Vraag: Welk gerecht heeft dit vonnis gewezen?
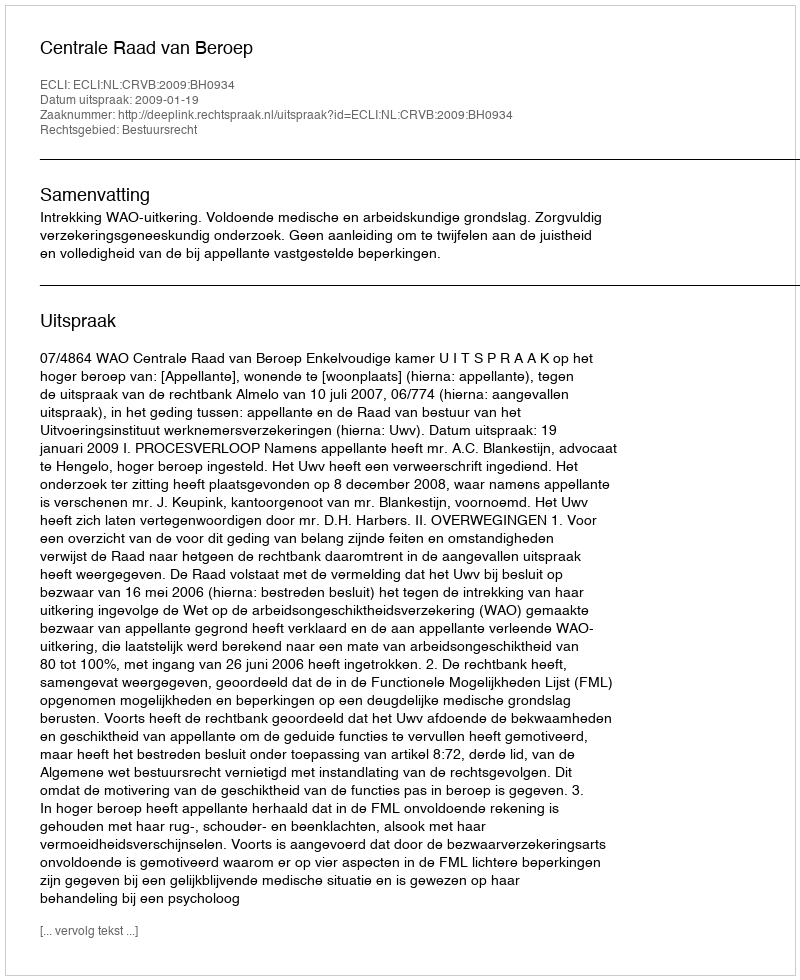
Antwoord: Centrale Raad van Beroep